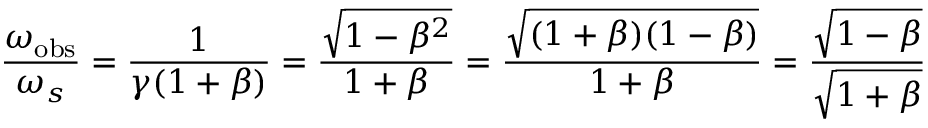
{ \frac { \omega _ { \mathrm { o b s } } } { \omega _ { s } } } = { \frac { 1 } { \gamma ( 1 + \beta ) } } = { \frac { \sqrt { 1 - \beta ^ { 2 } } } { 1 + \beta } } = { \frac { \sqrt { ( 1 + \beta ) ( 1 - \beta ) } } { 1 + \beta } } = { \frac { \sqrt { 1 - \beta } } { \sqrt { 1 + \beta } } }